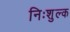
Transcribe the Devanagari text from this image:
निःशुल्‍क